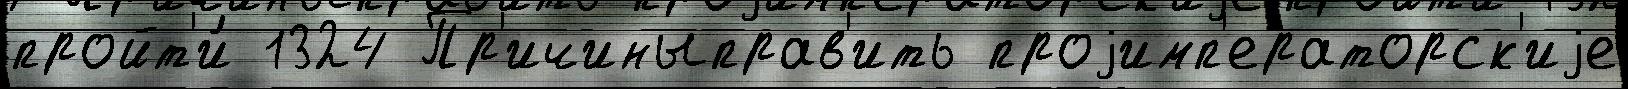
пройт'и́ 1324 Пр'ичиныправ'ить проjимп'ераторск'иjе